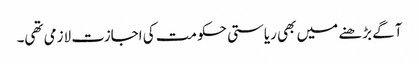
آگے بڑھنے میں بھی ریاستی حکومت کی اجازت لازمی تھی۔